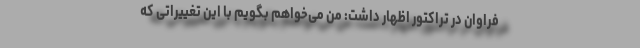
فراوان در تراکتور اظهار داشت: من می‌خواهم بگویم با این تغییراتی که